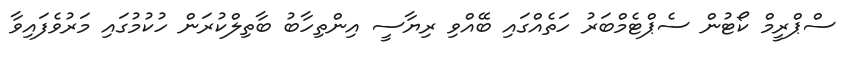
ސްޕްރީމް ކޯޓުން ސެޕްޓެމްބަރު ހަތެއްގައި ބޭއްވި ރިޔާސީ އިންތިހާބު ބާތިލްކުރަން ހުކުމުގައި މަރުވެފައިވާ